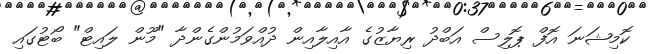
ކޮމިޝަނަ އޮފް ޕޮލިސް އަބްދު ރިޔާޒުގެ އާއިލާއިން ދުއްވަމުންގެންދާ "މޫން ލައިޓް" ބޯޓުގައި